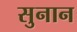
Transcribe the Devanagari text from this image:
सुनान